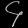
Digit: ၄